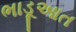
ભાડૂઆત